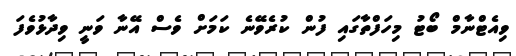
ވިއެޓްނާމް ބޯޓު މިހަފްތާގައި ފުން ކުރެވޭނެ ކަމަށް ވެސް އޭނާ ވަނީ ވިދާޅުވެފަ